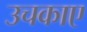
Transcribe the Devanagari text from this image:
उचकाए